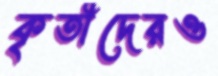
কৃতীদেরও